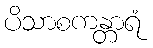
ပိသာစကန္တာရံ